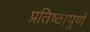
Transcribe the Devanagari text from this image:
प्रतिष्‍ठापूर्ण